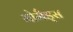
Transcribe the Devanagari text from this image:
नोमैड्स